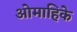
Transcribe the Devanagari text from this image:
ओमाहिके